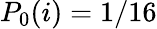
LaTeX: P_{0}(i)=1/16